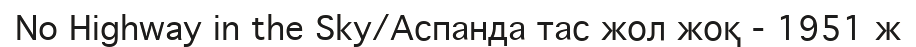
No Highway in the Sky/Аспанда тас жол жоқ - 1951 ж